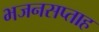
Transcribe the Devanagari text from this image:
भजनसप्‍ताह